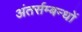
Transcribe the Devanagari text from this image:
अंतर्सम्बन्धों